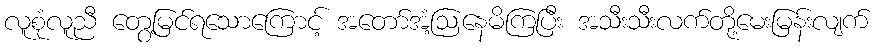
လူစုံလူညီ တွေ့မြင်ရသောကြောင့် အတော်အံ့ဩနေမိကြပြီး အသီးသီးလက်တို့မေးမြန်းလျက်